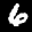
Label: 6